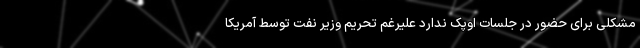
مشکلی برای حضور در جلسات اوپک ندارد علیرغم تحریم وزیر نفت توسط آمریکا